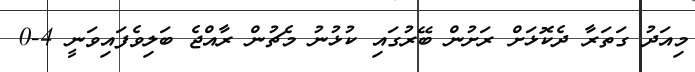
މިއަދު ގަތަރާ ދެކޮޅަށް ރަށުން ބޭރުގައި ކުޅުނު މެޗުން ރާއްޖެ ބަލިވެފައިވަނީ 4-0